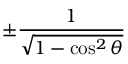
\pm { \frac { 1 } { \sqrt { 1 - \cos ^ { 2 } \theta } } }